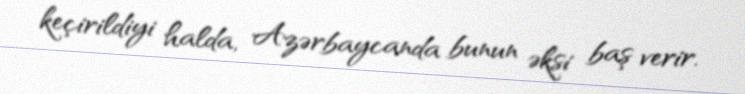
keçirildiyi halda, Azərbaycanda bunun əksi baş verir.